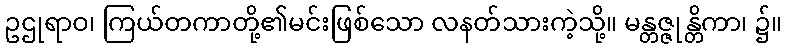
ဥဌုရာဝ၊ ကြယ်တကာတို့၏မင်းဖြစ်သော လနတ်သားကဲ့သို့။ မန္တဇ္ဇုန္တိကာ၊ ၌။